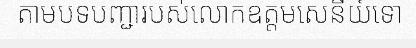
តាមបទបញ្ជារបស់លោកឧត្តមសេនីយ៍ទោ